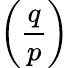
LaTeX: \left({\frac{q}{p}}\right)